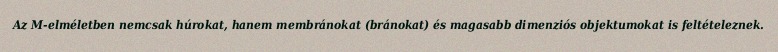
Az M-elméletben nemcsak húrokat, hanem membránokat (bránokat) és magasabb dimenziós objektumokat is feltételeznek.